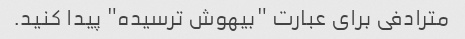
مترادفی برای عبارت "بیهوش ترسیده" پیدا کنید.